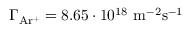
\Gamma _ { \mathrm { A r ^ { + } } } = 8 . 6 5 \cdot 1 0 ^ { 1 8 } ~ \mathrm { m } ^ { - 2 } \mathrm { s } ^ { - 1 }